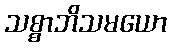
သစ္စာဘိသမယော